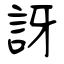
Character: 訝